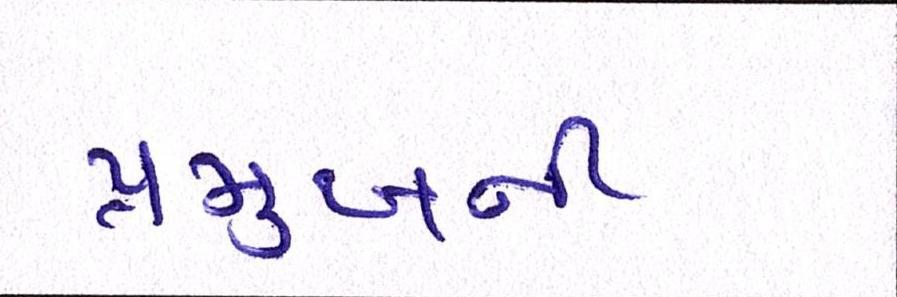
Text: પ્રમુખની